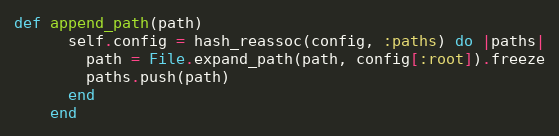
Language: Ruby
def append_path(path)
      self.config = hash_reassoc(config, :paths) do |paths|
        path = File.expand_path(path, config[:root]).freeze
        paths.push(path)
      end
    end